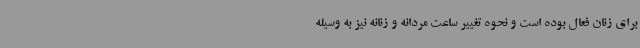
برای زنان فعال بوده است و نحوه تغییر ساعت مردانه و زنانه نیز به وسیله